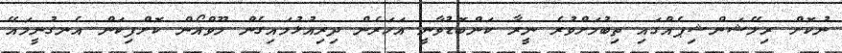
ނުކޮށް ރިލޭޝަންޝިޕެއްގައި ތިބުމަށްވުރެ ނީރާ ކަންބޮޑުވާނީ އަހަރެން ދިރިއުޅުމައިގެން މޫވްއޯން ކޮށްފިކަން އެނގުނީމައޭ